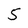
Character: 5